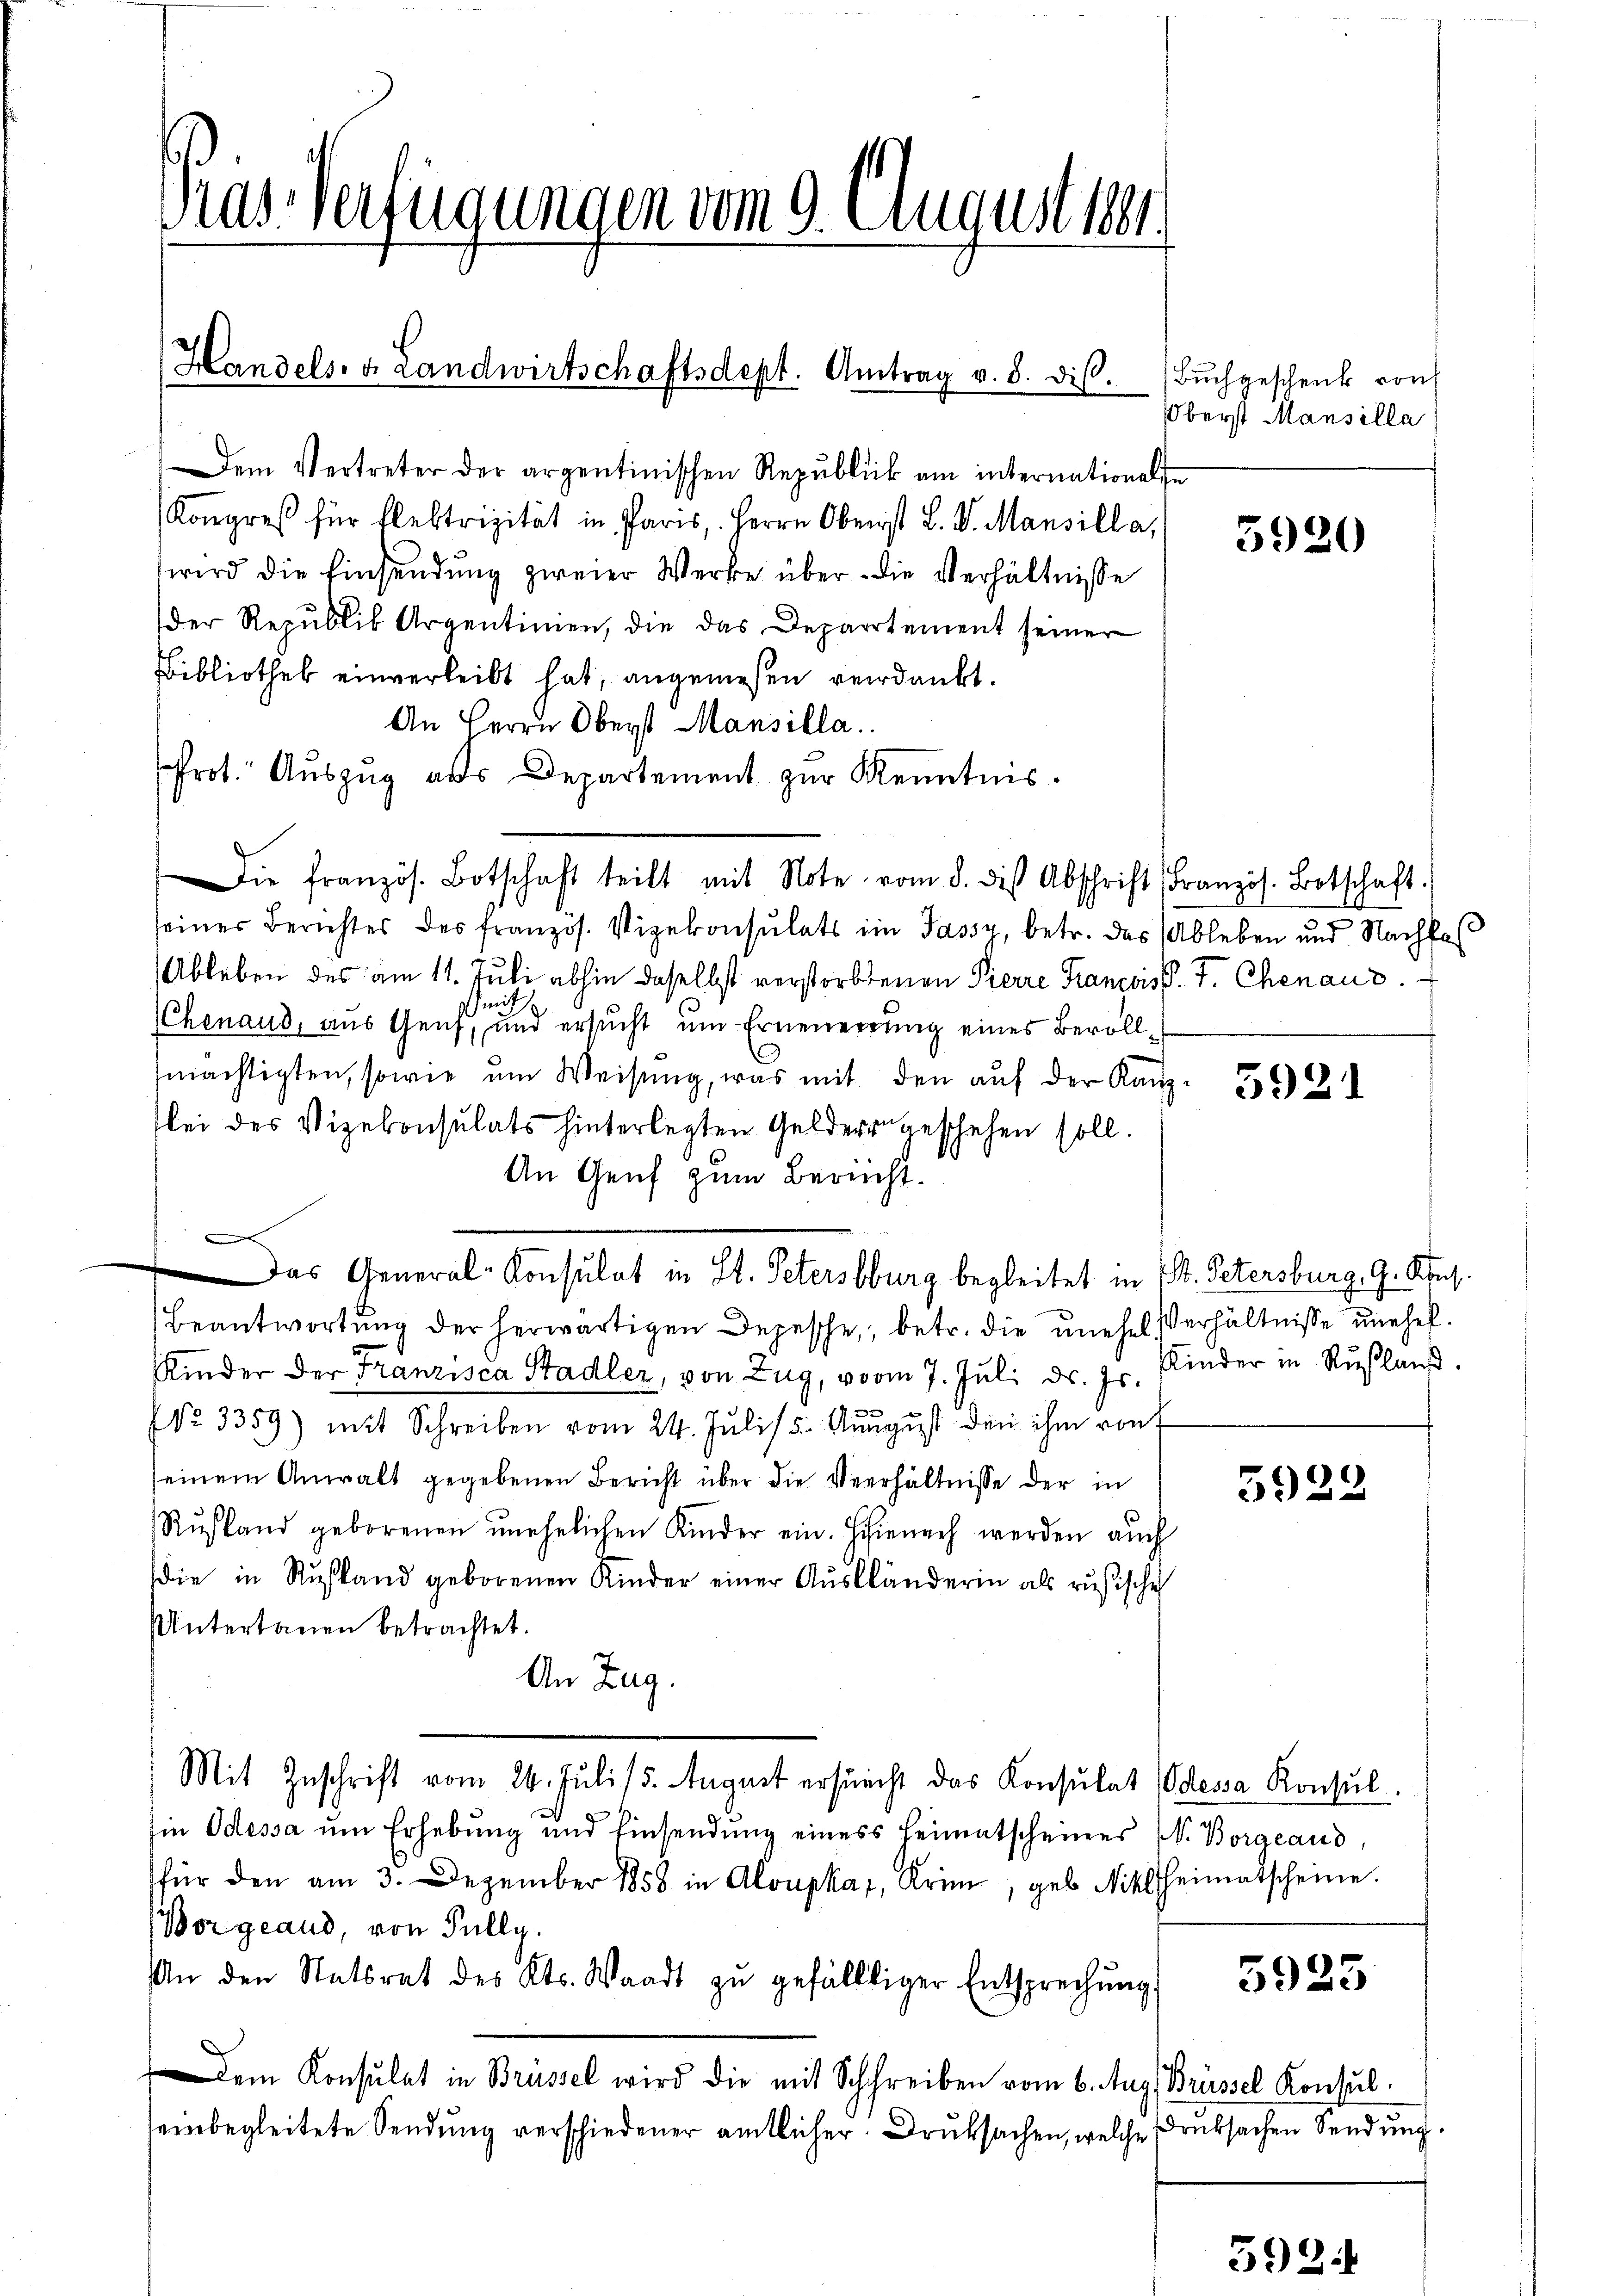
Mas Verfügungen vom 9. August 1881

Handels- & Landwirtschaftsdept. Antrag v. 8. dis.

Dem Vertreter der argentinischen Republick am internationalse
Kongreß für flektrizität in Paris, Herrn Oberst L. V. Mansilla,
wird die Einsendung zweier Werke über die Verhältnisse
der Republik Argentinien, die das Departement seiner
Bibliothek einverleibt hat, angemessen verdankt.
An Herrn Oberst Mansilla
Prot. Auszug als Departement zur Kenntnis.
Die französ. Botschaft teilt mit Note vom 8. des Abschrift Französ. Botschaft.
seiner Berichtes des französ. Vizekonsulats im Jassy, betr. das Ableben und Nachfal
Ableben des am 11. Juli abhin daselbst verstorbenen Pierre Francoiss. J. Chenaus.
mith
(Chenaud, aus Genf, und ersucht um Erneuerrung eines Bevollmächtigten, sowie um Weisung, was mit den auf der Kanzlei des Vizekonsulats hinterlegten Geldersgeschehen soll.
An Genf zum Bericht.
e
Beantwortung der herwärtigen Depesche, betr. die unehel Verhältnisse unehel.
Kinder der Franzisca Stadler, von Zug, vom 7. Jŭli d. Js. Kinder in Rŭβlaŭs.
NNo. 3359) mit Schreiben vom 24. Jŭli / 5. Aŭgŭst den ihm ront
seinem Anwalt gegebenen Bericht über die Verhältnisse der in
Rŭsland geborenen unehelichen Kinder ein. Hienach werden auch
die in Russland geborenen Kinder einer Aŭsländerin als rusische
Untertanen betrachtet.
An Zug.
Mit Zuschrift vom 24. Juli 15. August ersuecht das Konsulat (Odessa Konsul
Ein Odessa ŭm Erhebung und Einsendŭng eines Heimatscheines (V. Borgeaud,
für den am 3. Dezember 1858 in Aloupka, Krim, geb. Niklsheimatscheine.
Borgeaud, von Fully.
An den Statsrat des Kts. Waadt zŭ gefälltiger Entsprechŭng:
Dem Konsulat in Brüssel wird die mit Schreiben vom 6. Aug. Brüssel Konsul
einbegleitete Sendung verschiedener amtlicher. Druksachen, welche Druksachen Sendung.

Das General-Consulat in St. Petersburg begleitet in (S. Petersburg, G. Kons.

Buchgeschenk von
Oberst Mansilla

5920

5921

5922

5925

2